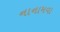
નાનામવા